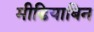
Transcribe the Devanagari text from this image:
मीडियाबिन